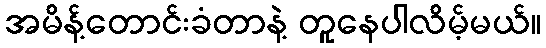
အမိန့်တောင်းခံတာနဲ့ တူနေပါလိမ့်မယ်။